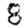
Digit: 8